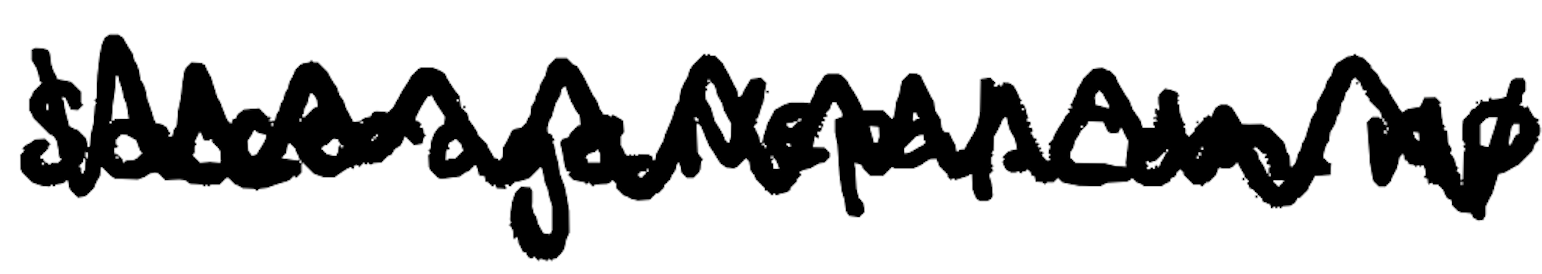
Text: SoccerageNepal.com.np
Cross-out: zig-zag
Writing tool: digital_black